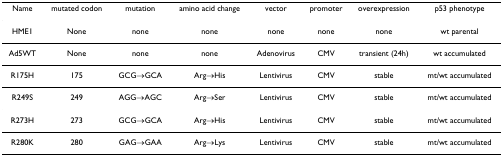
| Name | mutated codon | mutation | amino acid change | vector | promoter | overexpression | p53 phenotype |
 | --- | --- | --- | --- | --- | --- | --- | --- |
 | HME1 | None | none | none | none | none | none | wt parental |
 | Ad5WT | None | none | none | Adenovirus | CMV | transient (24h) | wt accumulated |
 | R175H | 175 | GCG→GCA | Arg→His | Lentivirus | CMV | stable | mt/wt accumulated |
 | R249S | 249 | AGG→AGC | Arg→Ser | Lentivirus | CMV | stable | mt/wt accumulated |
 | R273H | 273 | GCG→GCA | Arg→His | Lentivirus | CMV | stable | mt/wt accumulated |
 | R280K | 280 | GAG→GAA | Arg→Lys | Lentivirus | CMV | stable | mt/wt accumulated |